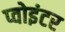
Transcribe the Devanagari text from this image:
प्वोइंटर